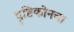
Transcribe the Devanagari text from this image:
दृष्टिकोनचा